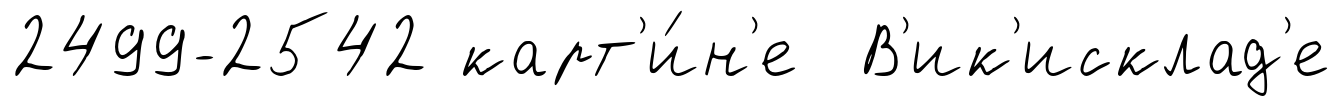
2499-2542 карт'и́н'е В'ик'исклад'е